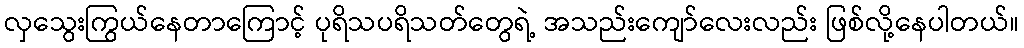
လှသွေးကြွယ်နေတာကြောင့် ပုရိသပရိသတ်တွေရဲ့ အသည်းကျော်လေးလည်း ဖြစ်လို့နေပါတယ်။